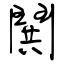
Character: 鬨